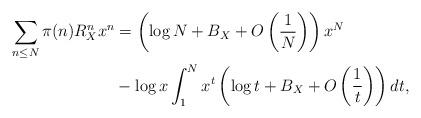
LaTeX: \begin{align*}\sum_{n \le N} \pi(n)R_{X}^{n} x^{n} &= \left( \log N+ B_{X}+ O \left( \dfrac{1}{N} \right) \right) x^{N} \\& - \log x \int_{1}^{N} x^t \left( \log t+ B_{X}+ O\left( \dfrac{1}{t} \right) \right) dt, \end{align*}